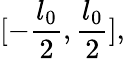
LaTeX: [-\frac{l_{0}}{2},\frac{l_{0}}{2}],